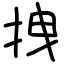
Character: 拽